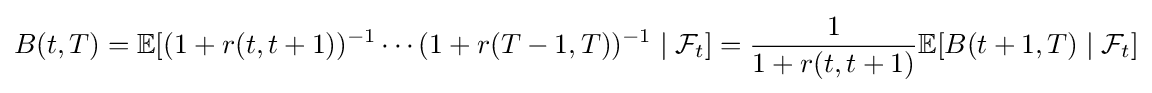
B(t,T)=\mathbb {E} [(1+r(t,t+1))^{-1}\cdots (1+r(T-1,T))^{-1}\mid {\mathcal {F}}_{t}]={\frac {1}{1+r(t,t+1)}}\mathbb {E} [B(t+1,T)\mid {\mathcal {F}}_{t}]